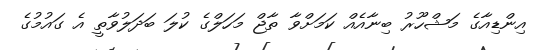
އިންޑިއާގެ މަޝްހޫރު ބިނާއެއް ކަމަށްވާ ތާޖް މަހަލްގެ ކުލަ ބަދަލުވާތީ އެ ގައުމުގެ